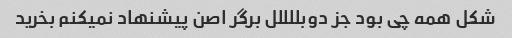
شکل همه چی بود جز دوبللللل برگر اصن پیشنهاد نمیکنم بخرید